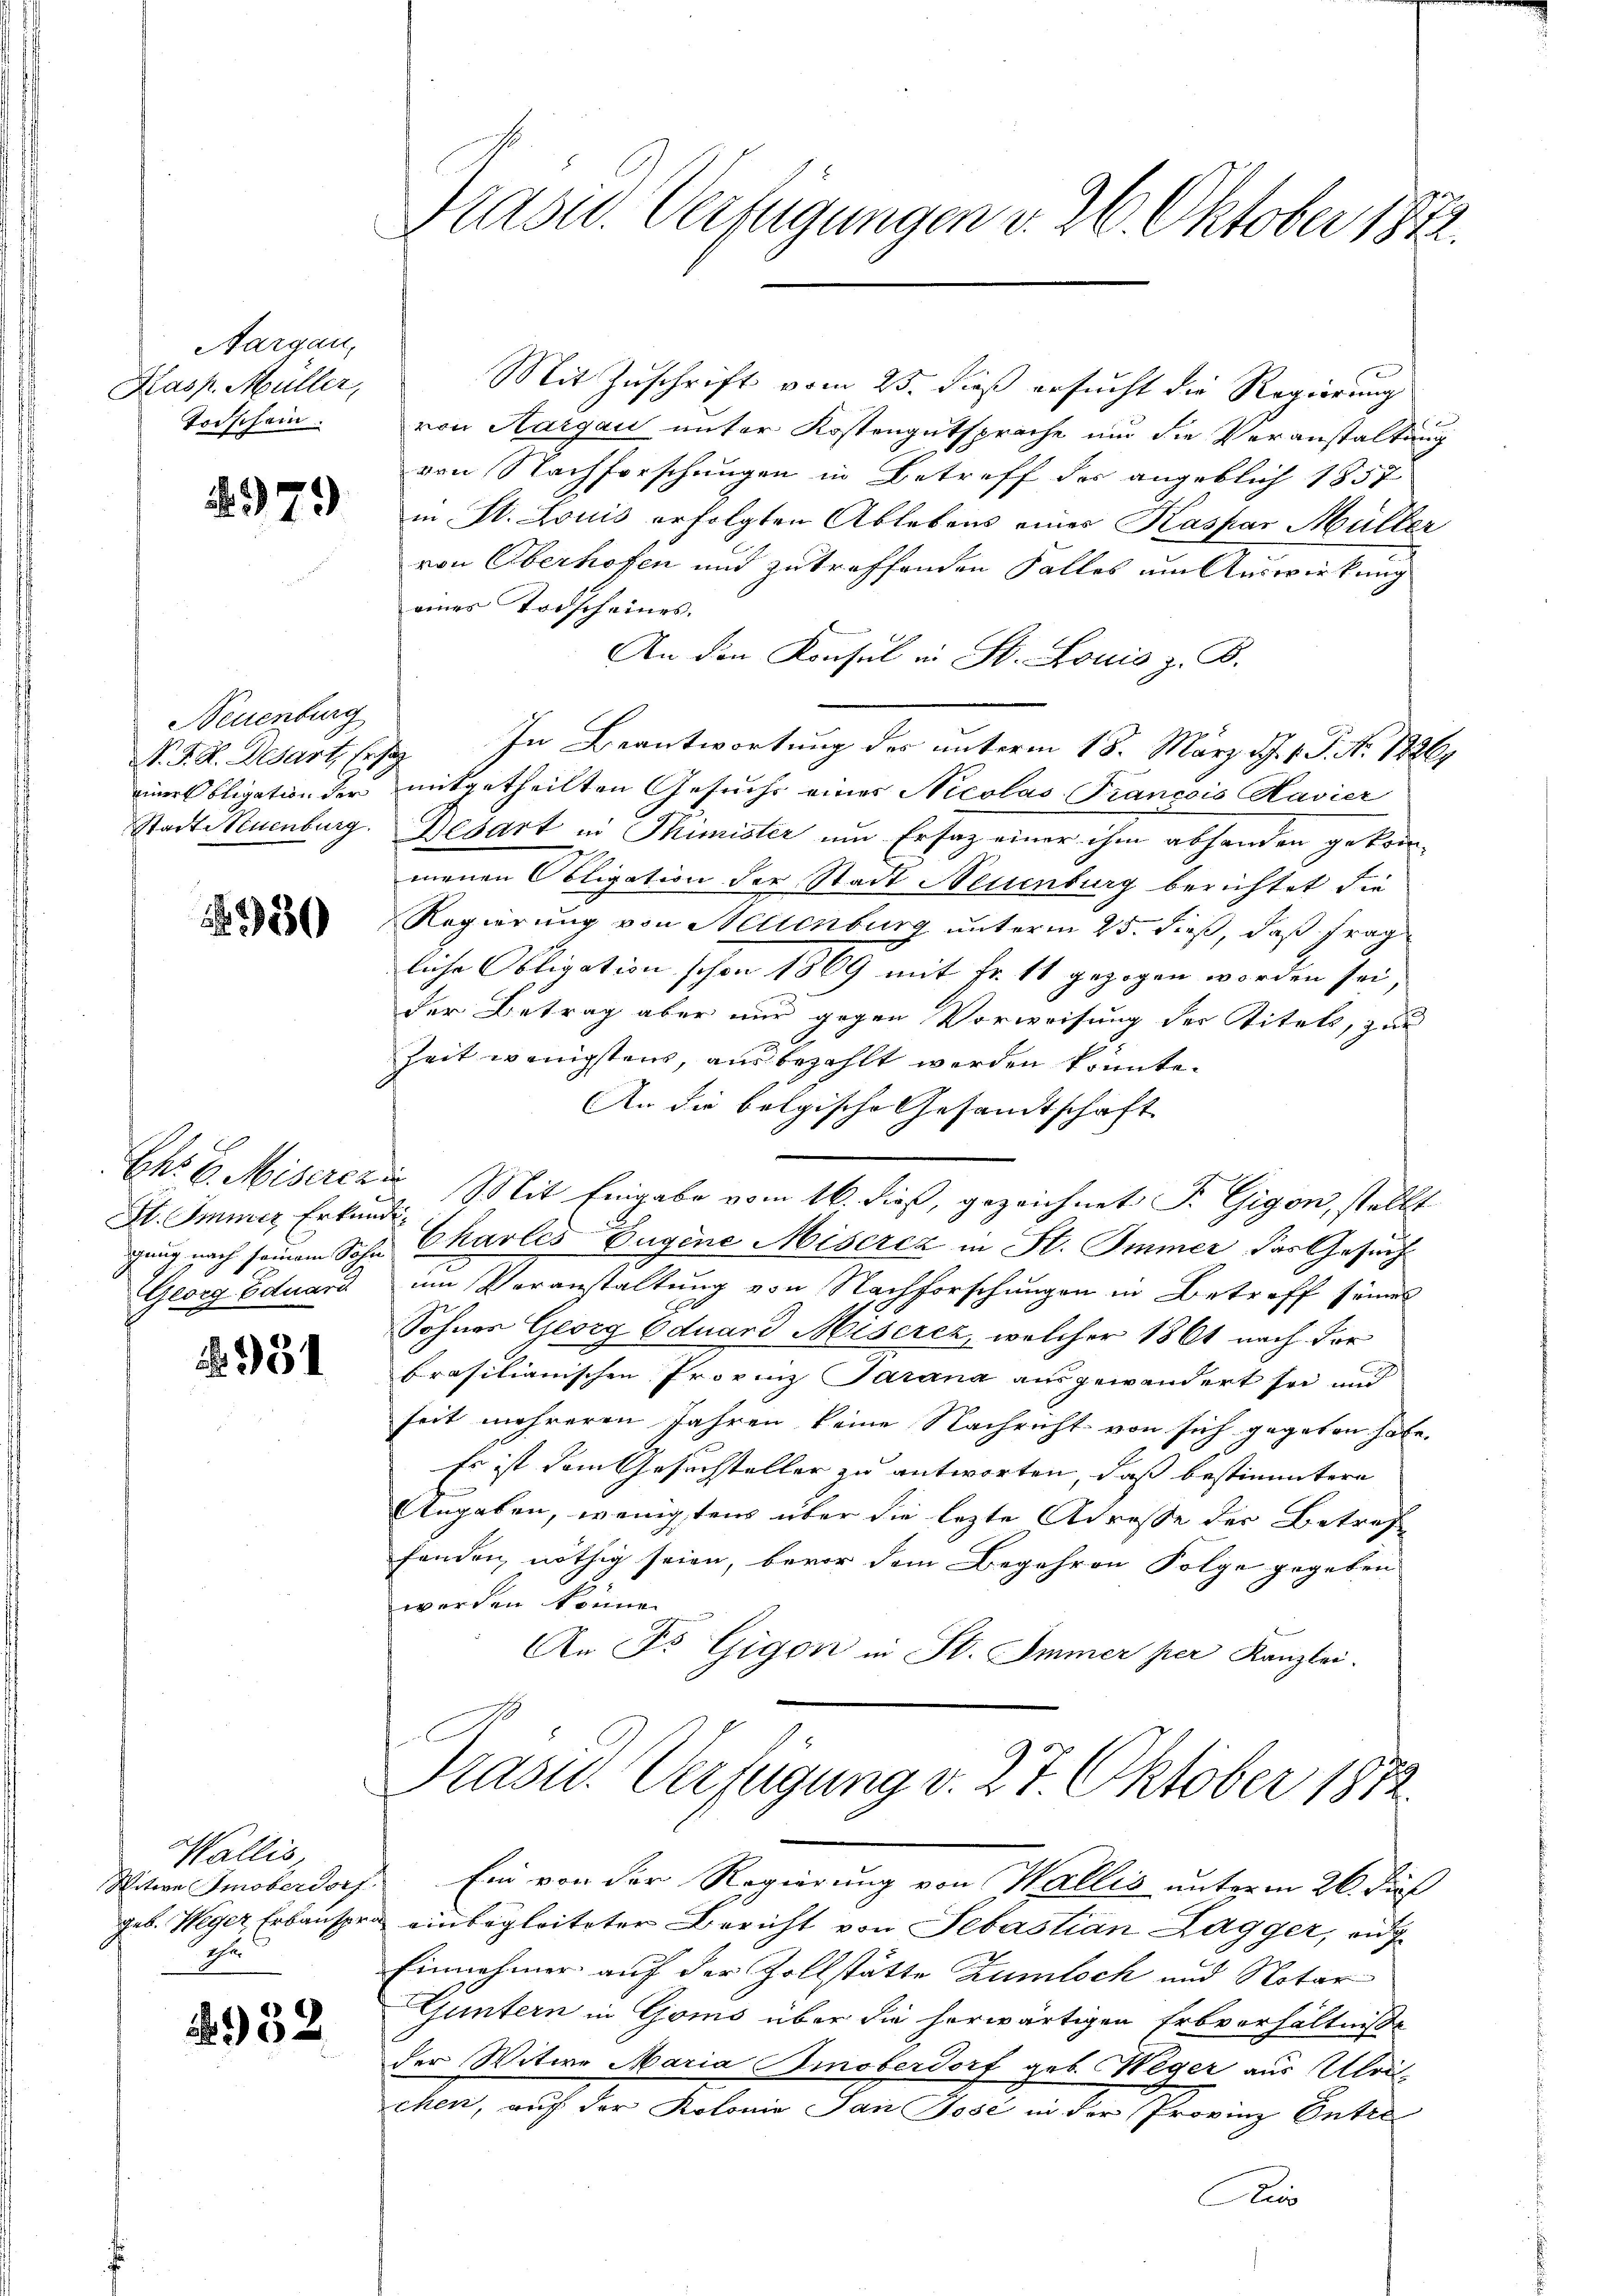
Aargau,
Kasp. Müller,
Todschein.

79)

Neuenburg
N. F. K. Desart, Er sag

530

St. Immer Erkundigung nach seinem Sohn
Georg Eduard

951

Wallis,
Jeb. Weger Erbauspro
Ther

932

Präsid. Verfügungen v. 26. Oktober 1822.

Mit Zuschrift vom 25. dieß ersucht die Regierung
von Aargau unter Kostengutsprache und die Veranstaltung
von Nachforschungen in Betreff des angeblich 1857
in St. Louis erfolgten Ablebens eines Kaspar Müller
von Oberhofen und zu treffenden Falles um Auswirkung
eines Todscheines.
An den Konsul in St. Louis z. B.
In Beantwortung des unterm 18. März d. J. J. P. No 12361
einer Obligation der mitgetheilten Gesuchs eines Nicolas- Francois Havier
Stadt Neuenburg. Besart in Thimister um Ersatz einer ihm abhanden gekom-
menen Obligation der Stadt Neuenburg berichtet die
Regierung von Hellenburg unterm 25. dieß, daß Frag
liche Obligation schon 1869 mit Fr. 11 gezogen worden sei,
der Betrag aber nur gegen Vorweisung der Titels, zur
Zeit wenigstens, ausbezahlt werden könnte.
An die belgische Gesandtschaft
Chs E. Misererer Mit Eingabe vom 16. dieß, gezeichnet P. Gigon, stellt
Charles Eugene Misercz in St. Immer das Gesuch
um Voranstaltung von Nachforschungen in Betreff seines
2
Sohnes Georg Eduard Miserez, welcher 1861 nach For
brasilianischen Provinz Parana ausgewandert sei und
seit mehreren Jahren keine Nachricht von sich gegeben habe.
Es ist dem Gesuchsteller zu antworten, daß bestimmtere
Angaben, wenigstens über die lezte Adresse der Betref
fanden nöthig seien, bevor dem Begehren Folge gegeben
werden könne.
An Fr. Gigon in St. Immer per Kanzlei.

Präsid. Verfügung d. 27. Oktober 1872.
Witwe Smoberdorf. Ein von der Regierung von Wallis unterm 26. dieß

u einbegleiteter Bericht von Sebastian Zagger, auf
Einnehmer auf der Zollstätte Zumloch und Notar
Guntern in Goms über die herwärtigen Erbverhältniße
der Witwe Maria Smoberdorf geb. Weger aus Ulri
chen, auf der Kolonia San Jose in der Provinz Entre
Zis